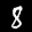
Label: 8